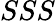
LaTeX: SSS